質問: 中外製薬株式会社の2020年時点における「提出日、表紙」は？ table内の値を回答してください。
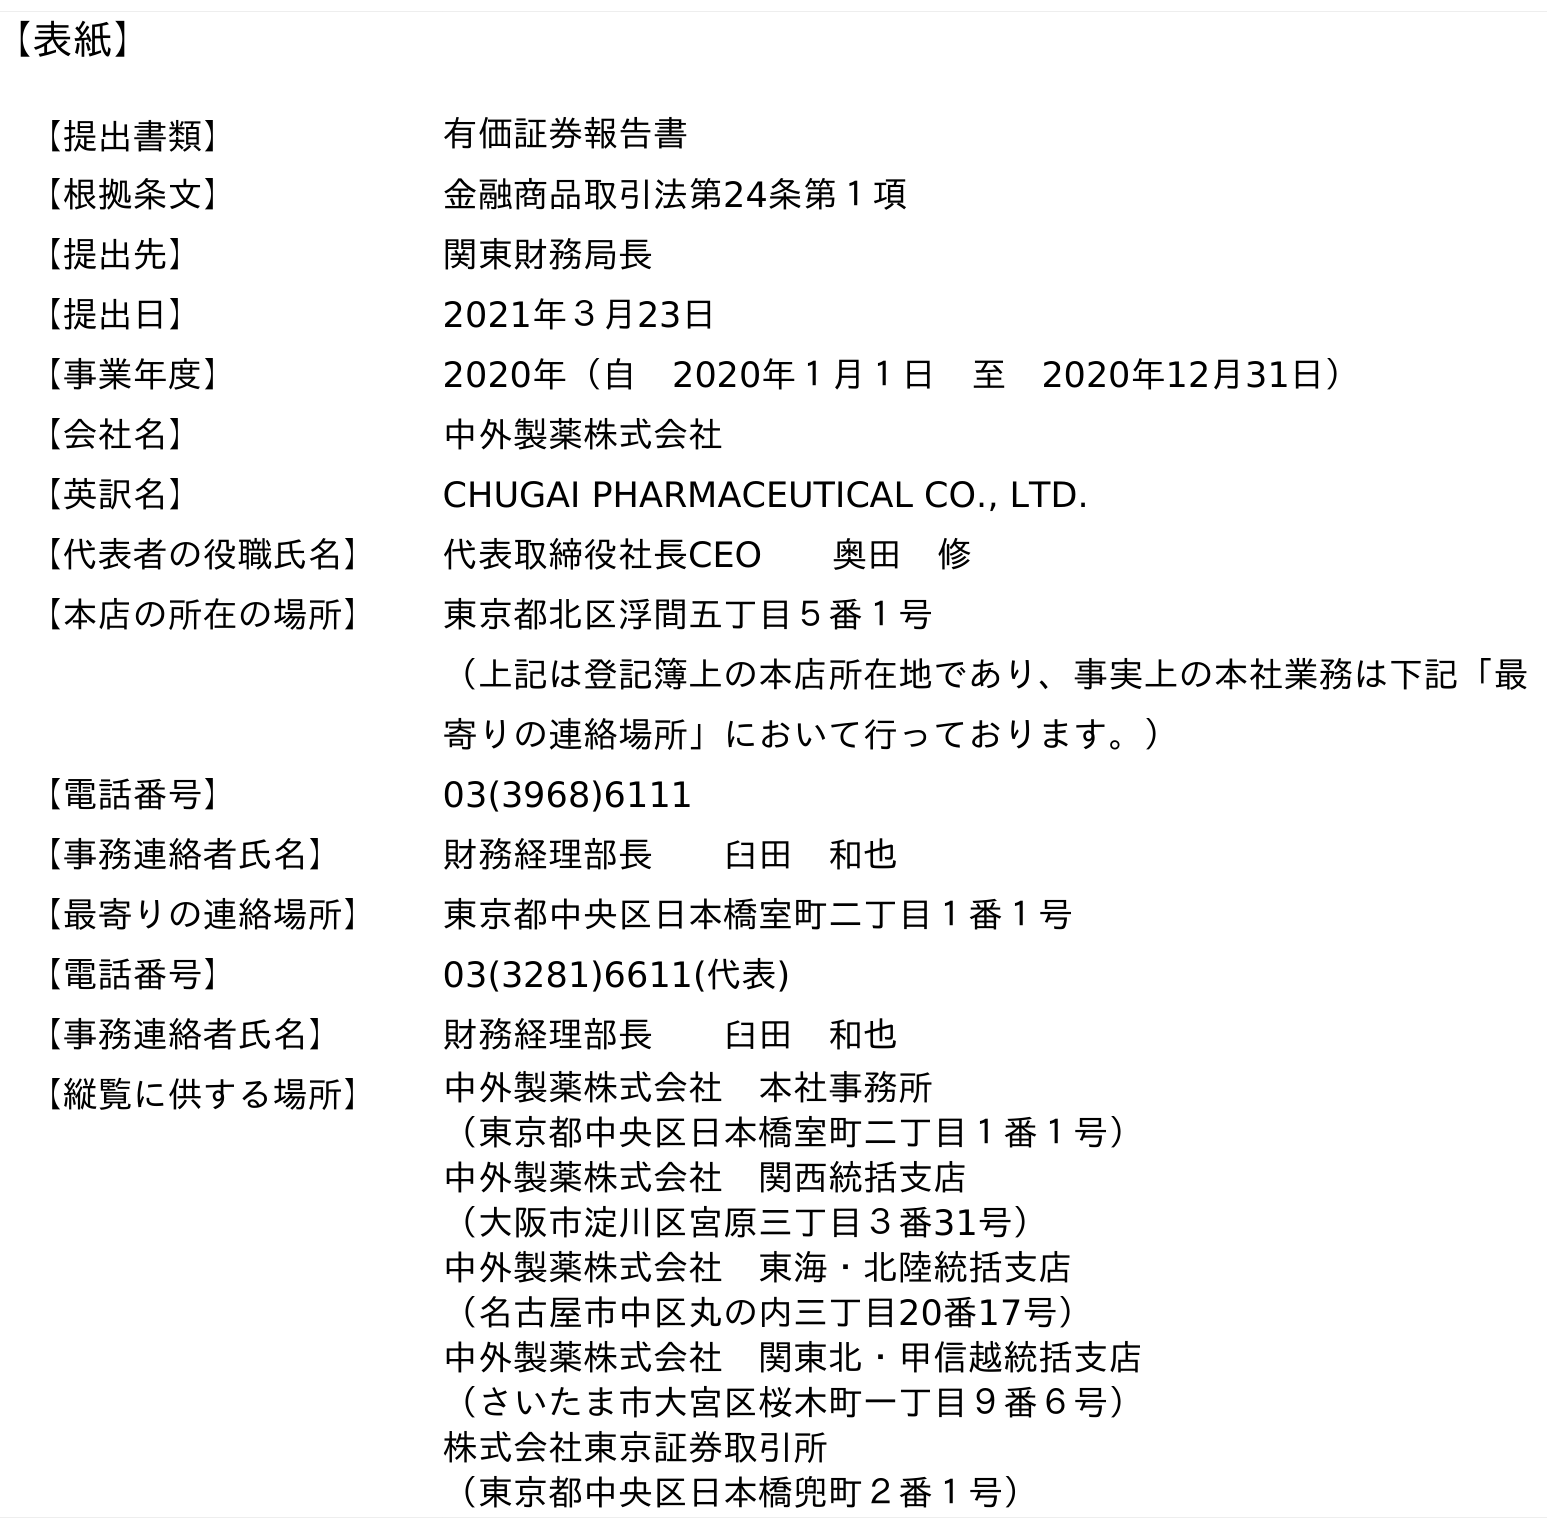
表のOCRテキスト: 【表紙】 【提出書類】 有価証券報告書 【根拠条文】 金融商品取引法第24条第１項 【提出先】 関東財務局長 【提出日】 2021年３月23日 【事業年度】 2020年（自 2020年１月１日 至 2020年12月31日） 【会社名】 中外製薬株式会社 【英訳名】 CHUGAI PHARMACEUTICAL CO., LTD. 【代表者の役職氏名】 代表取締役社長CEO  奥田 修 【本店の所在の場所】 東京都北区浮間五丁目５番１号 （上記は登記簿上の本店所在地であり、事実上の本社業務は下記「最 寄りの連絡場所」において行っております。） 【電話番号】 03(3968)6111 【事務連絡者氏名】 財務経理部長  臼田 和也 【最寄りの連絡場所】 東京都中央区日本橋室町二丁目１番１号 【電話番号】 03(3281)6611(代表) 【事務連絡者氏名】 財務経理部長  臼田 和也 【縦覧に供する場所】 中外製薬株式会社 本社事務所 （東京都中央区日本橋室町二丁目１番１号） 中外製薬株式会社 関西統括支店 （大阪市淀川区宮原三丁目３番31号） 中外製薬株式会社 東海・北陸統括支店 （名古屋市中区丸の内三丁目20番17号） 中外製薬株式会社 関東北・甲信越統括支店 （さいたま市大宮区桜木町一丁目９番６号） 株式会社東京証券取引所 （東京都中央区日本橋兜町２番１号）
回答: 2021年３月23日